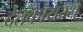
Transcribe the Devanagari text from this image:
देतकायस्थ